Lunatic asylums Madras 1877-1891 - 1877-1891
Year: 1877
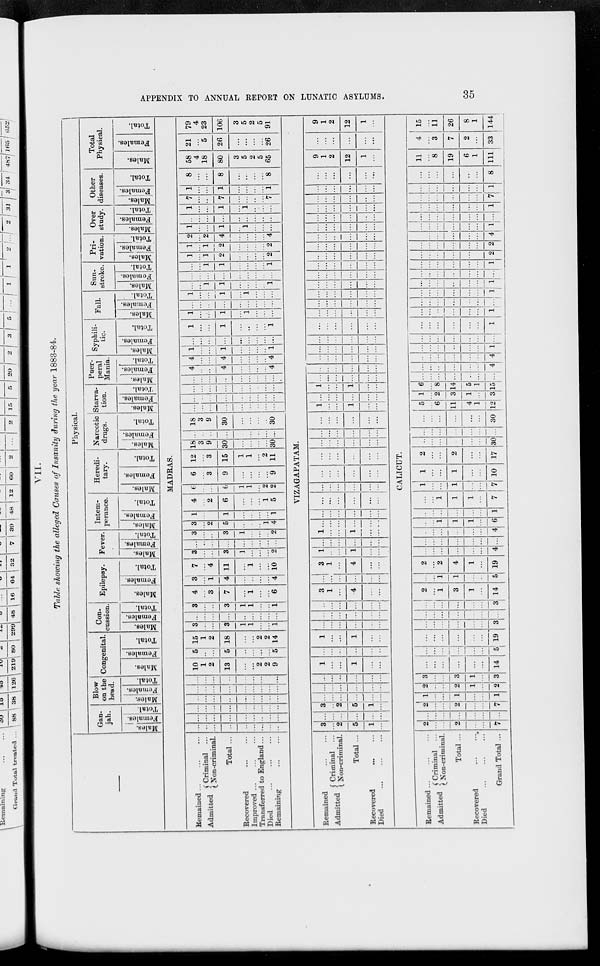
APPENDIX TO ANNUAL REPORT ON LUNATIC ASYLUMS.
35
VII.
Table showing the alleged Causes of Insanity during the year 1883-84.
Physical.
Gan-
jah.
Males.
Females.
Total.
Blow
on the
head.
Males.
Females.
Total.
Congenital.
Males.
Females.
Total.
Con-
cussion.
Males.
Females.
Total.
Epilepsy.
Males.
Females.
Total.
Fever.
Males.
Females.
Total.
Intem-
perance.
Males.
Females.
Total.
Heredi-
tary.
Males.
Females.
Total.
Narcotic
drugs.
Males.
Females.
Total.
Starva-
tion.
Males.
Females.
Total.
Puer-
peral
Mania.
Males.
Females.
Total.
Syphili-
tic.
Males.
Females.
Total.
Fall.
Males.
Females.
Total.
Sun-
stroke.
Males.
Females.
Total.
Pri-
vation.
Males.
Females.
Total.
Over
study.
Males.
Females.
Total.
Other
diseases.
Males.
Females.
Total.
Total
Physical.
Males.
Females.
Total.
MADRAS.
Remained ... ... ...
Admitted
Criminal ...
Non-criminal.
Total ...
Recovered ... ...
Improved ... ... ...
Transferred to England ...
Died ... ... ...
Remaining ... ...
...
...
...
...
...
...
...
...
...
...
...
...
...
...
...
...
...
...
...
...
...
...
...
...
...
...
...
...
...
...
...
...
...
...
...
...
...
...
...
...
...
...
...
...
...
...
...
...
...
...
...
...
...
...
10
1
2
13
...
...
2
2
9
5
...
...
5
...
...
...
...
5
15
1
2
18
...
...
2
2
14
3
...
...
3
1
1
...
...
1
...
...
...
...
...
...
...
...
...
3
...
...
3
1
1
...
...
1
4
...
3
7
...
1
...
...
6
3
...
1
4
...
...
...
...
4
7
...
4
11
...
1
...
...
10
3
...
...
3
1
...
...
...
2
...
...
...
...
...
...
...
...
...
3
...
...
3
1
...
...
...
2
3
...
2
5
...
...
...
1
4
1
...
...
1
...
...
...
...
1
4
...
2
6
...
...
...
1
5
6
...
...
6
1
1
...
2
2
6
...
3
9
...
...
...
...
9
12
...
3
15
1
1
...
2
11
18
3
9
30
...
...
...
...
30
...
...
...
...
...
...
...
...
...
18
3
9
30
...
...
...
...
30
...
...
...
...
...
...
...
...
...
...
...
...
...
...
...
...
...
...
...
...
...
...
...
...
...
...
...
...
...
...
...
...
...
...
...
...
4
...
...
4
...
...
...
...
4
4
...
...
4
...
...
...
...
4
1
...
...
1
...
...
...
...
1
...
...
...
...
...
...
...
...
...
1
...
...
1
...
...
...
...
1
1
...
...
1
...
1
...
...
...
...
...
...
...
...
...
...
...
...
1
...
...
1
...
1
...
...
...
...
...
1
1
...
...
...
...
1
...
...
...
...
...
...
...
...
...
...
...
1
1
...
...
...
...
1
1
...
1
2
...
...
...
...
2
1
...
1
2
...
...
...
...
2
2
...
2
4
...
...
...
...
4
1
...
...
1
...
1
...
...
...
...
...
...
...
...
...
...
...
...
1
...
...
1
...
1
...
...
...
7
...
...
7
...
...
...
...
7
1
...
...
1
...
...
...
...
1
8
...
...
8
...
...
...
...
8
58
4
18
80
3
5
2
5
65
21
...
5
26
...
...
...
...
26
79
4
23
106
3
5
2
5
91
VIZAGAPATAM.
Remained ... ...
Admitted
Criminal ...
Non-criminal.
Total ...
Recovered ... ...
Died ... ... ...
3
...
2
5
1
...
...
...
...
...
...
...
3
...
2
5
1
...
...
...
...
...
...
...
...
...
...
...
...
...
...
...
...
...
...
...
1
...
...
1
...
...
...
...
...
...
...
...
1
...
...
1
...
...
...
...
...
...
...
...
...
...
...
...
...
...
...
...
...
...
...
...
3
1
...
4
...
...
...
...
...
...
...
...
3
1
...
4
...
...
1
...
...
1
...
...
...
...
...
...
...
...
1
...
...
1
...
...
...
...
...
...
...
...
...
...
...
...
...
...
...
...
...
...
...
...
...
...
...
...
...
...
...
...
...
...
...
...
...
...
...
...
...
...
...
...
...
...
...
...
...
...
...
...
...
...
...
...
...
...
...
...
1
...
...
1
...
...
...
...
...
...
...
...
1
...
...
1
...
...
...
...
...
...
...
...
...
...
...
...
...
...
...
...
...
...
...
...
...
...
...
...
...
...
...
...
...
...
...
...
...
...
...
...
...
...
...
...
...
...
...
...
...
...
...
...
...
...
...
...
...
...
...
...
...
...
...
...
...
...
...
...
...
...
...
...
...
...
...
...
...
...
...
...
...
...
...
...
...
...
...
...
...
...
...
...
...
...
...
...
...
...
...
...
...
...
...
...
...
...
...
...
...
...
...
...
...
...
...
...
...
...
...
...
...
...
...
...
...
...
...
...
...
...
...
...
9
1
2
12
1
...
...
...
...
...
...
...
9
1
2
12
1
CALICUT.
Remained ... ... ...
Admitted
Criminal ...
Non-criminal.
Total ...
Recovered ... ...
Died ... ... ...
Grand Total ...
2
...
...
2
...
...
7
...
...
...
...
...
...
...
2
...
...
2
...
...
7
1
...
...
1
...
...
1
2
...
...
2
1
...
2
3
...
...
3
1
...
3
...
...
...
...
...
...
14
...
...
...
...
...
...
5
...
...
...
...
...
...
19
...
...
...
...
...
...
3
...
...
...
...
...
...
...
...
...
...
...
...
...
3
2
...
1
3
1
...
14
...
...
1
1
...
...
5
2
...
2
4
1
...
19
...
...
...
...
...
...
4
...
...
...
...
...
...
...
...
...
...
...
...
...
4
...
...
1
1
1
...
6
...
...
...
...
...
...
1
...
...
1
1
1
...
7
1
...
...
1
...
...
7
1
...
...
1
...
...
10
2
...
...
2
...
...
17
...
...
...
...
...
...
30
...
...
...
...
...
...
...
...
...
...
...
...
...
30
5
...
6
11
4
1
12
1
...
2
3
1
...
3
6
...
8
14
5
1
15
...
...
...
...
...
...
...
...
...
...
...
...
...
4
...
...
...
...
...
...
4
...
...
...
...
...
...
1
...
...
...
...
...
...
...
...
...
...
...
...
...
1
...
...
...
...
...
...
1
...
...
...
...
...
...
...
...
...
...
...
...
...
1
...
...
...
...
...
...
1
...
...
...
...
...
...
...
...
...
...
...
...
...
1
...
...
...
...
...
...
2
...
...
...
...
...
...
2
...
...
...
...
...
...
4
...
...
...
...
...
...
1
...
...
...
...
...
...
...
...
...
...
...
...
...
1
...
...
...
...
...
...
7
...
...
...
...
...
...
1
...
...
...
...
...
...
8
11
...
8
19
6
1
111
4
...
3
7
2
...
33
15
...
11
26
8
1
144